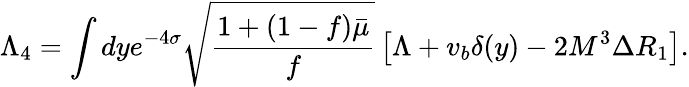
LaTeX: \Lambda_{4}=\int dye^{-4\sigma}\sqrt{\frac{1+(1-f)\bar{\mu}}{f}}\left[\Lambda+v_{b}\delta(y)-2M^{3}\Delta R_{1}\right].